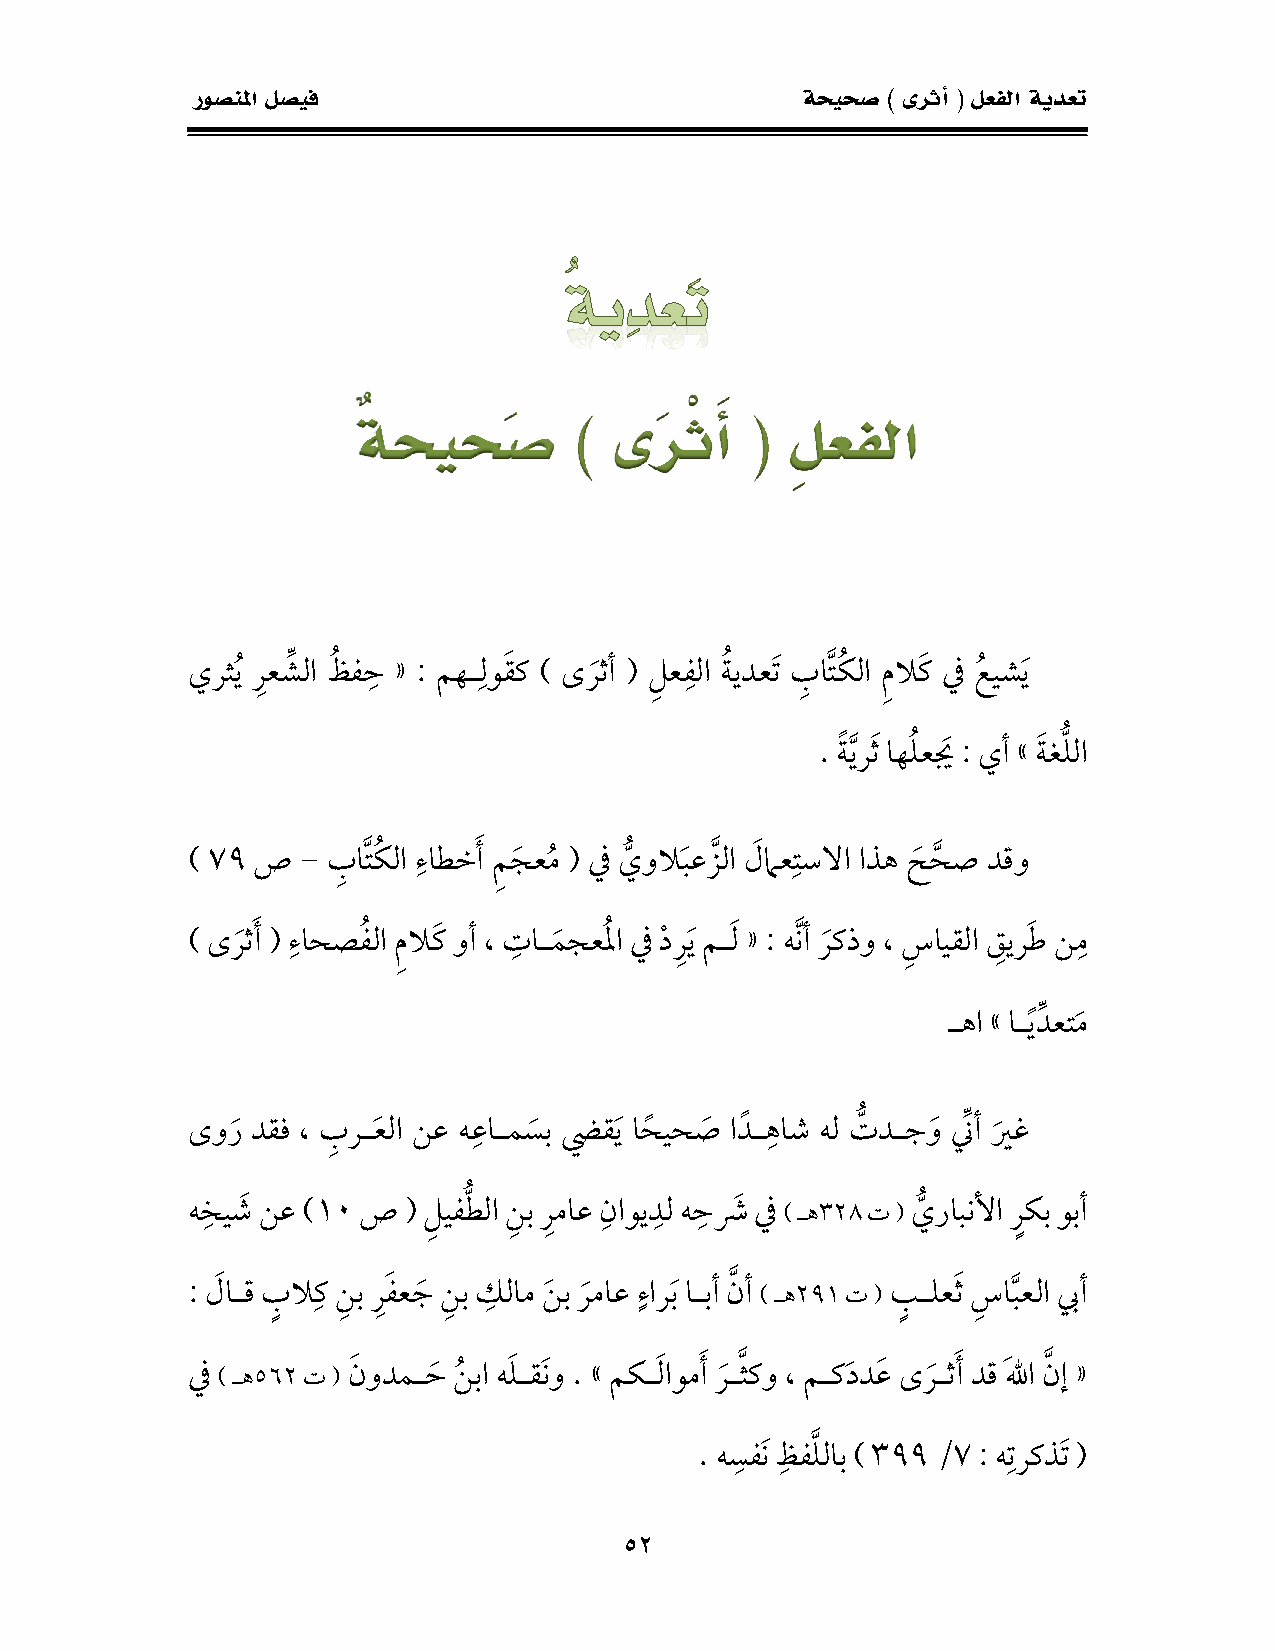
روصنلما لصيف                            ةحيحص ) ىرثأ ( لعفلا ةيدعت
 ٌةحيحَص        )  ىرَ ْثَأ ( ِلعفلا
 يرثي ر عشِّ لا ظ ف ح « : مهـ لو ق ك ) ىر ثأ ( ل ع فلا ة يدع ت ب ا ت ك لا م لا ك في ع يش ي
 . ة ي ر ث اهل ع ي : يأ » ة غلُّ لا
 ) 97 ص  - ب ا ت ك لا ءاطخ أ م ج ع م ( في يُّ ولا ب ع ز لا ل ماع تسلاا اذه ح ح ص دقو
 ) ى ر ث أ ( ء احص ف لا م لا ك وأ ، ت اـ م جع ل ا في د ر ي مـ ل « : ه ن أ ر كذو ، س ايقلا ق ير ط ن م
 ـها » اـ ي دِّ عت م
 ىو ر دقف ، برـ ع لا نع ه عاـم س ب ضيق ي اح يح ص اد ـ هاش هل تُّ دـج و نِّّ أ ير غ
 ه خي ش نع )01 ص ( ل يف طُّ لا ن ب ر ماع ناوي دل ه ح ش في ) ـه823 ت ( يُّ رابنلأا رٍ كب وبأ
 ٍ
 : ل اـق
 بٍ
 لا ك ن ب ر ف ع ج ن ب كلام ن ب ر ماع ءار ب اـبأ ن أ ) ـه270 ت (
 بٍ
 ـلع ث س ا ب علا بيأ
 في ) ـه262 ت ( ن ودمـ ح ن با هل ـق ن و . » مكـ ل اوم أ ر ـ ث كو ، مـكد د ع ىر ـث أ دق للها ن إ «
 . هسف ن ظف ل لاب ) 877 /9 : ه تركذ ت (
 15